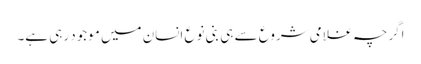
اگرچہ غلامی شروع سے ہی بنی نوع انسان میں موجود رہی ہے۔